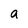
Character: a